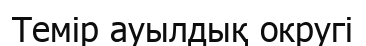
Темір ауылдық округі